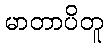
မာတာပိတူ